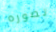
تصوره